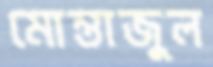
মোন্তাজুল